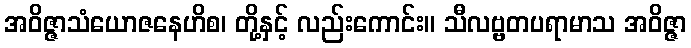
အဝိဇ္ဇာသံယောဇနေဟိစ၊ တို့နှင့် လည်းကောင်း။ သီလဗ္ဗတပရာမာသ အဝိဇ္ဇာ